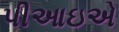
પીઆઇએ